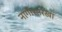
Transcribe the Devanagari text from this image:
नांगीसारखा